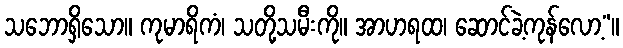
သဘောရှိသော။ ကုမာရိကံ၊ သတို့သမီးကို။ အာဟရထ၊ ဆောင်ခဲ့ကုန်လော့”။